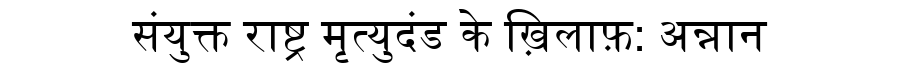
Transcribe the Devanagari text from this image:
संयुक्त राष्ट्र मृत्युदंड के ख़िलाफ़: अन्नान